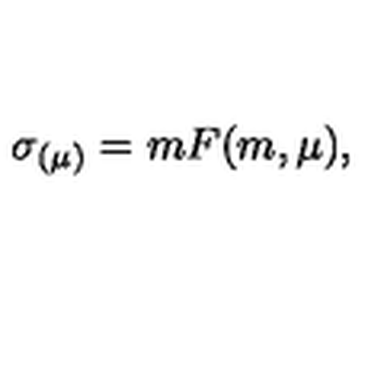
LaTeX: \sigma _ { ( \mu ) } = m F ( m , \mu ) ,